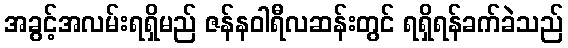
အခွင့်အလမ်းရရှိမည် ဇန်နဝါရီလဆန်းတွင် ရရှိရန်ခက်ခဲသည်